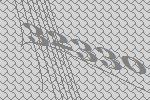
32330